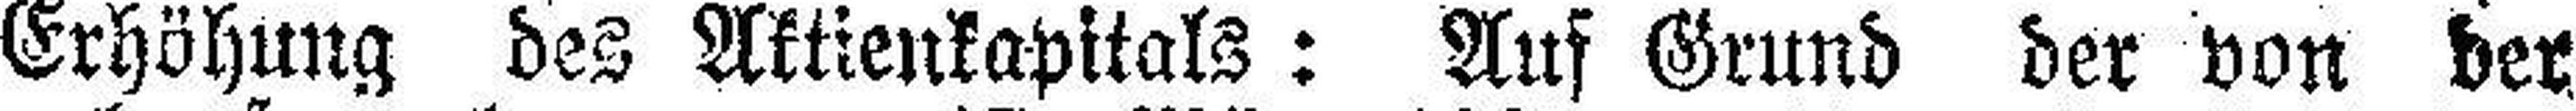
Erhöhung des Aktienkapitals: Auf Grund der von der